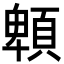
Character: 䫌